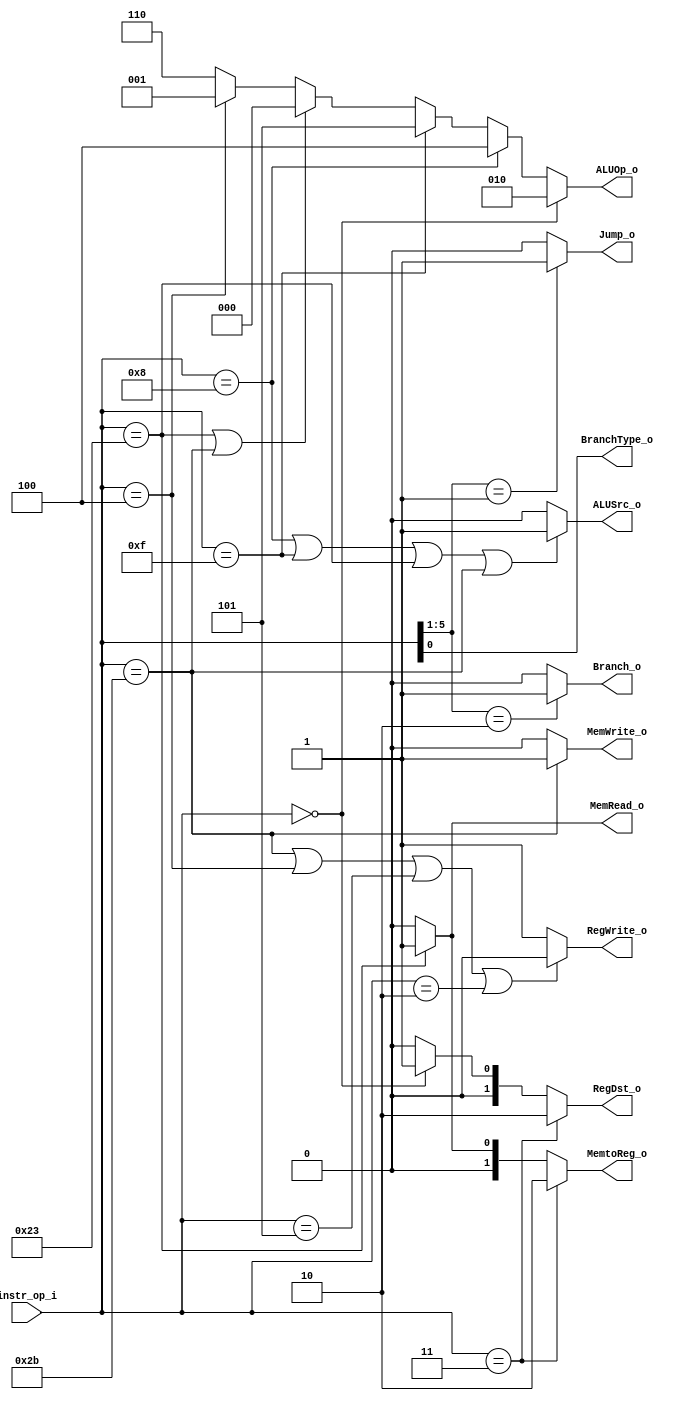
module Decoder( instr_op_i, RegWrite_o,	ALUOp_o, ALUSrc_o, RegDst_o,
				Branch_o, BranchType_o, Jump_o, MemRead_o, MemWrite_o, MemtoReg_o );
     
//I/O ports
input	[6-1:0] instr_op_i;

output			RegWrite_o;
output	[3-1:0] ALUOp_o;
output			ALUSrc_o;
output	[2-1:0]	RegDst_o, MemtoReg_o;
output			Branch_o, BranchType_o, Jump_o, MemRead_o, MemWrite_o;
 
//Internal Signals
wire	[3-1:0] ALUOp_o;
wire			ALUSrc_o;
wire			RegWrite_o;
wire	[2-1:0]	RegDst_o, MemtoReg_o;
wire			Branch_o, BranchType_o, Jump_o, MemRead_o, MemWrite_o;

//Main function

assign RegDst_o = 	(instr_op_i == 6'b000011) ? 2'd2 :
					(instr_op_i == 6'b000000) ? 2'd1 : 2'd0;
					
assign MemtoReg_o = (instr_op_i == 6'b000011) ? 2'd2 :
					(instr_op_i == 6'b100011) ? 2'd1 : 2'd0;

assign RegWrite_o = (	instr_op_i == 6'b101011 ||
						instr_op_i == 6'b000100 ||
						instr_op_i == 6'b000101 ||
						instr_op_i == 6'b000010		) ? 1'b0 : 1'b1;
				  		  
assign ALUOp_o =	(instr_op_i == 6'b000000) ? 3'b010 :
					(instr_op_i == 6'b001000) ? 3'b100 :
					(instr_op_i == 6'b001111) ? 3'b101 :
					(instr_op_i == 6'b100011 || instr_op_i == 6'b101011) ? 3'b000 :
					(instr_op_i == 6'b000100) ? 3'b001 : 3'b110;

assign ALUSrc_o = (		instr_op_i == 6'b001000 ||
						instr_op_i == 6'b001111 ||
						instr_op_i == 6'b100011 ||
						instr_op_i == 6'b101011		) ? 1'b1 : 1'b0;

assign Jump_o = (instr_op_i[5:1] == 5'b00001) ? 1'b1 : 1'b0;
assign Branch_o = (instr_op_i[5:1] == 5'b00010) ? 1'b1 : 1'b0;
assign BranchType_o = instr_op_i[0];
assign MemWrite_o = (instr_op_i == 6'b101011) ? 1'b1 : 1'b0;
assign MemRead_o = (instr_op_i == 6'b100011) ? 1'b1 : 1'b0;

endmodule